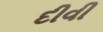
દીવી